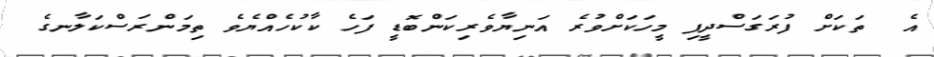
އެ  ތަކަށް ފުރަގަސްދީފި މީހަކަށްވުރެ އަނިޔާވެރިކަންބޮޑީ ފަހެ ކާކުހެއްޔެވެ ތިމަންރަސްކަލާނގެ